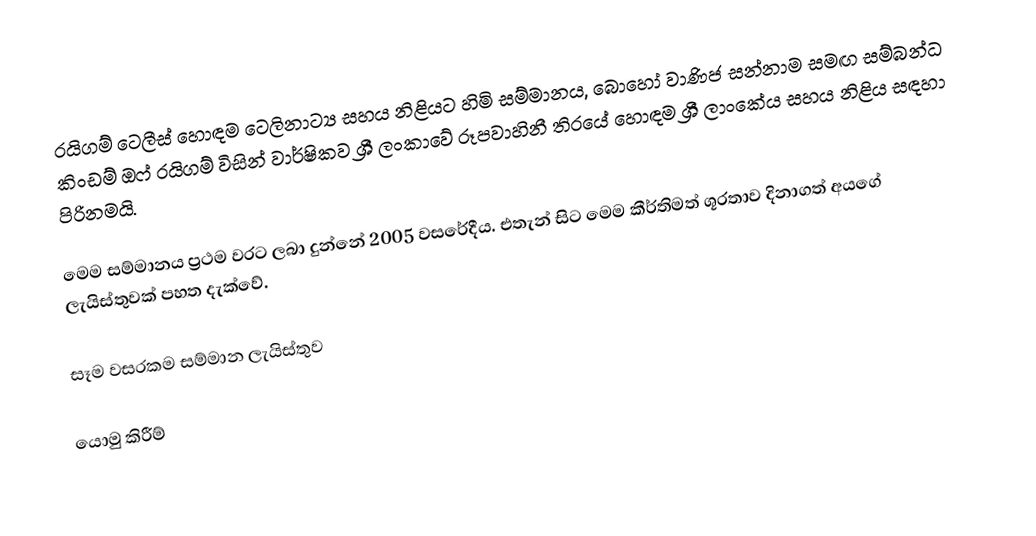
රයිගම් ටෙලීස් හොඳම ටෙලිනාට්‍ය සහය නිළියට හිමි සම්මානය, බොහෝ වාණිජ සන්නාම සමඟ සම්බන්ධ කිංඩම් ඔෆ් රයිගම් විසින් වාර්ෂිකව ශ්‍රී ලංකාවේ රූපවාහිනී තිරයේ හොඳම ශ්‍රී ලාංකේය සහය නිළිය සඳහා පිරිනමයි.

මෙම සම්මානය ප්‍රථම වරට ලබා දුන්නේ 2005 වසරේදීය. එතැන් සිට මෙම කීර්තිමත් ශූරතාව දිනාගත් අයගේ ලැයිස්තුවක් පහත දැක්වේ.

සෑම වසරකම සම්මාන ලැයිස්තුව

යොමු කිරීම්